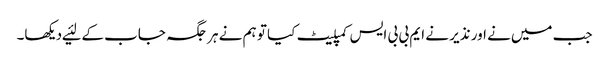
جب میں‌نے اور نذیر نے ایم بی بی ایس کمپلیٹ کیا تو ہم نے ہر جگہ جاب کے لئیے دیکھا۔